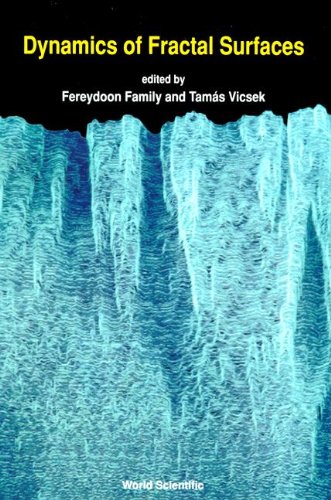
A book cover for Dynamics of Fractal Surfaces; Science & Math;